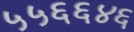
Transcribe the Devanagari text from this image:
५५६६४६